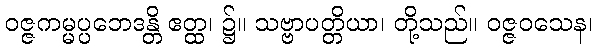
ဝဇ္ဇကမ္မပ္ပဘေဒန္တိ ဧတ္ထ၊ ၌။ သဗ္ဗာပတ္တိယာ၊ တို့သည်။ ဝဇ္ဇဝသေန၊